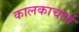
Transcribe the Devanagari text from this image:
कालकाचार्य